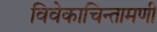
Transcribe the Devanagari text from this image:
विवेकाचिन्तामणी